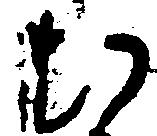
む